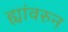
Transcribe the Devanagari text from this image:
ह्यांवरुन